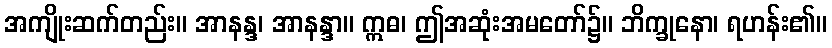
အကျိုးဆက်တည်း။ အာနန္ဒ၊ အာနန္ဒာ။ ဣဓ၊ ဤအဆုံးအမတော်၌။ ဘိက္ခုနော၊ ရဟန်း၏။